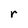
Character: r